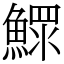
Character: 鰥